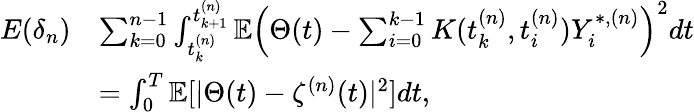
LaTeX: \begin{array}{rl}{E(\delta_{n})}&{\le\sum_{k=0}^{n-1}\int_{t_{k}^{(n)}}^{t_{k+1}^{(n)}}\mathbb{E}\left(\Theta(t)-\sum_{i=0}^{k-1}K(t_{k}^{(n)},t_{i}^{(n)})Y_{i}^{\ast,(n)}\right)^{2}dt}\\ &{=\int_{0}^{T}\mathbb{E}[\vert\Theta(t)-\zeta^{(n)}(t)\vert^{2}]dt,}\end{array}